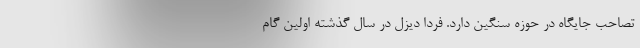
تصاحب جایگاه در حوزه سنگین دارد. فردا دیزل در سال گذشته اولین گام